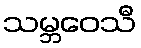
သမ္ဘဝေသီ